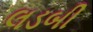
લડબી